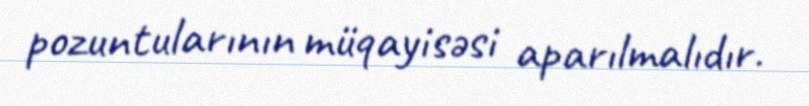
pozuntularının müqayisəsi aparılmalıdır.